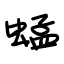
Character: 蜢